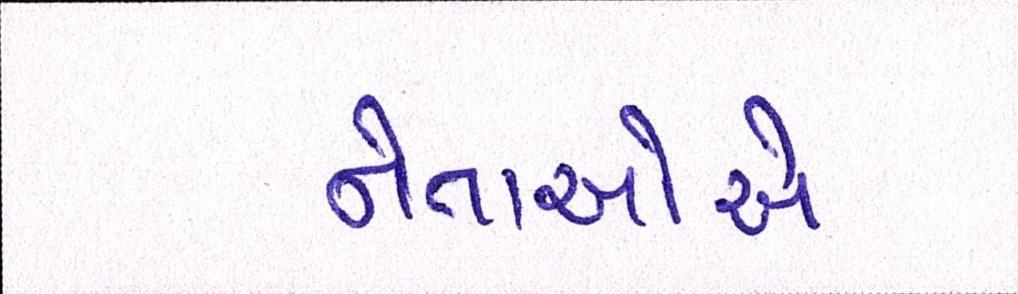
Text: નેતાઓએ